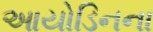
આયોડિનના